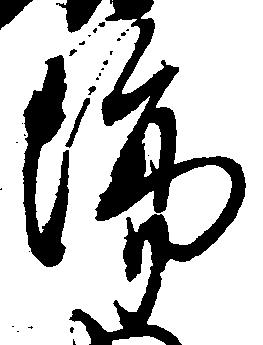
場